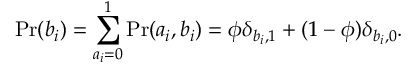
\mathrm { P r } ( b _ { i } ) = \sum _ { a _ { i } = 0 } ^ { 1 } \mathrm { P r } ( a _ { i } , b _ { i } ) = \phi \delta _ { b _ { i } , 1 } + ( 1 - \phi ) \delta _ { b _ { i } , 0 } .